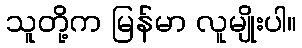
သူတို့က မြန်မာ လူမျိုးပါ။